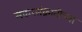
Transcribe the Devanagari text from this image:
मकरसंक्रातीच्या